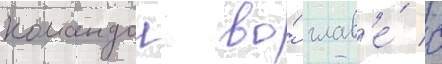
командои во́ глав'е́ с